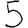
Digit: 5